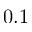
0 . 1